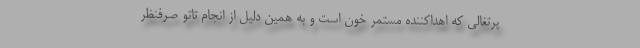
پرتغالی که اهداکننده مستمر خون است و به همین دلیل از انجام تاتو صرفنظر